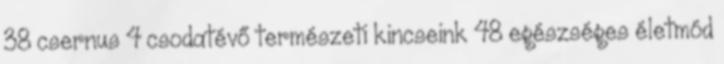
38 csernus 4 csodatévő természeti kincseink 48 egészséges életmód